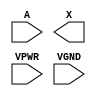
module sky130_fd_sc_hs__clkbuf (
    //# {{data|Data Signals}}
    input  A   ,
    output X   ,

    //# {{power|Power}}
    input  VPWR,
    input  VGND
);
endmodule